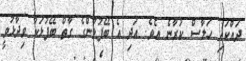
ދައްކައި ހަލާސް ކުރާނެ އެވެ. އަދި އެ ބޭފުޅުންގެ ގާތް ބޭފުޅަކު ވިދާޅުވީ